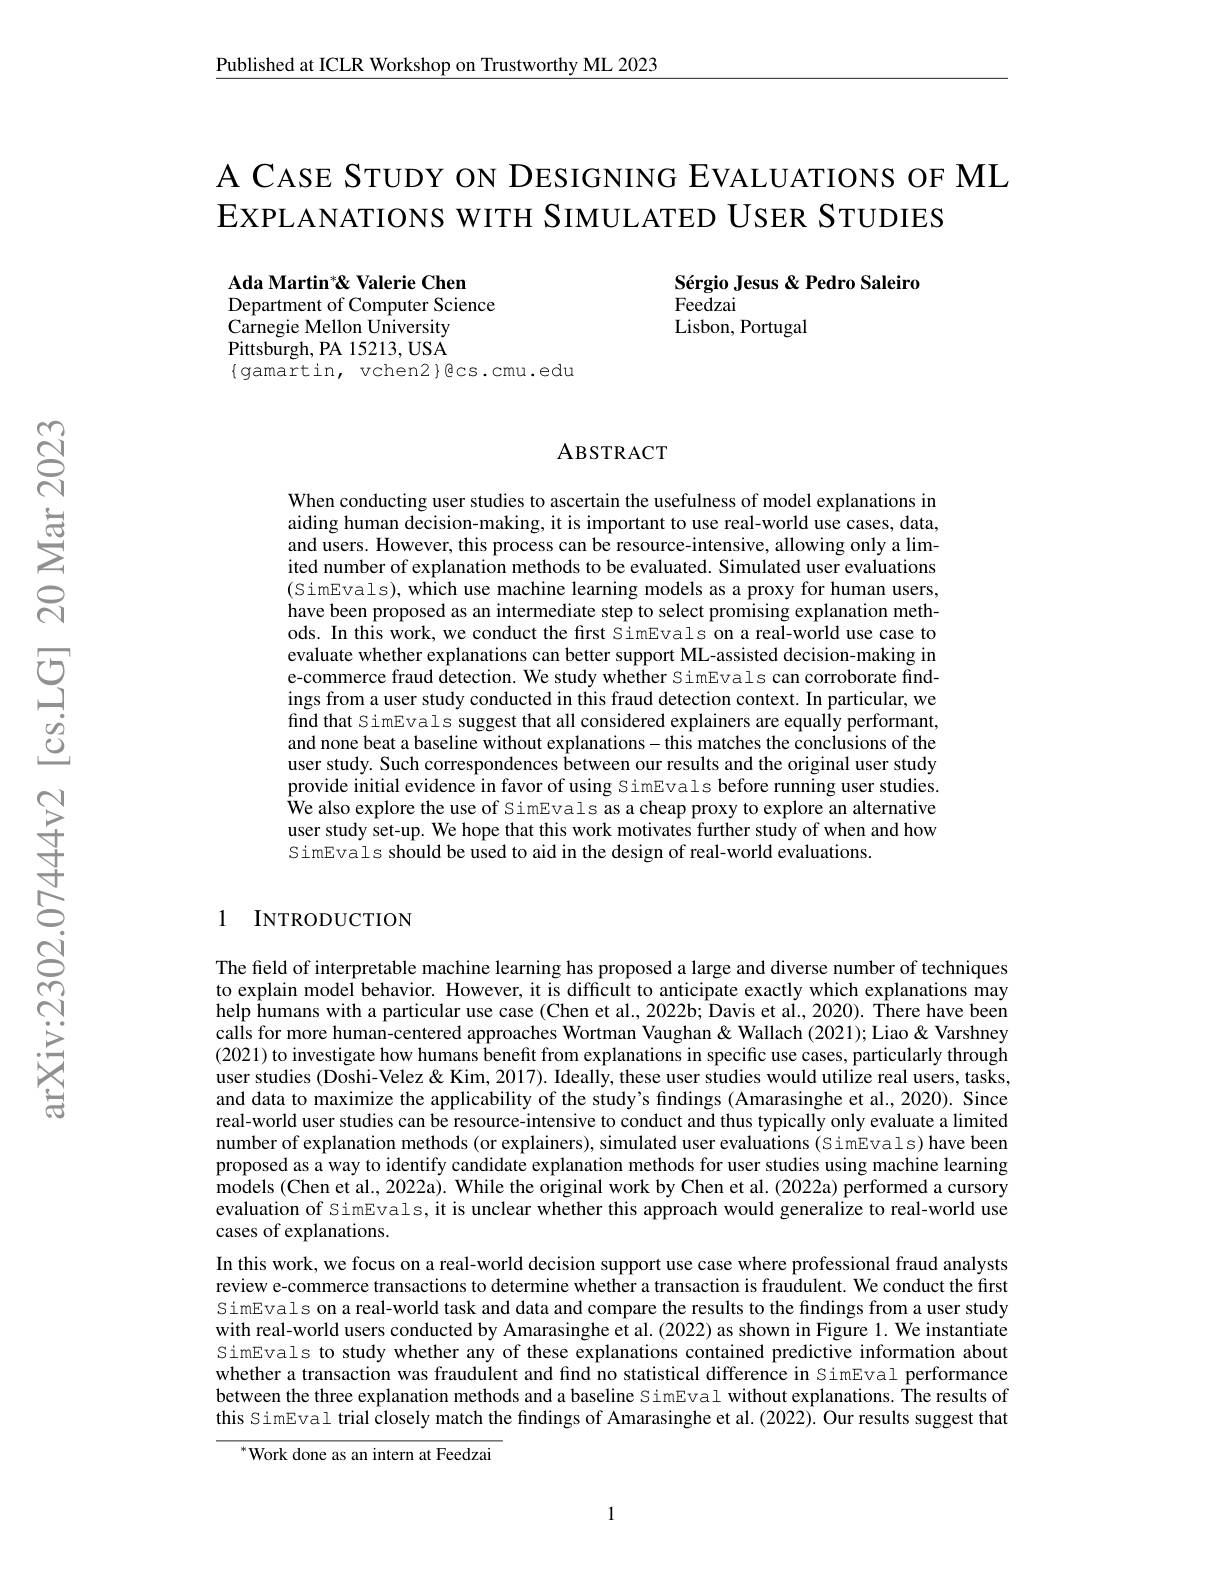
Published at ICLR Workshop on Trustworthy ML 2023

A CASE STUDY ON DESIGNING EVALUATIONS OF ML
EXPLANATIONS WITH SIMULATED USER STUDIES

Sérgio Jesus & Pedro Saleiro
Feedzai
Lisbon, Portugal

Ada Martin*& Valerie Chen
Department of Computer Science
$\hat{\text{Carnegie Mellon University}}$ Pittsburgh, PA 15213, USA $\{gamartin,vchen2\}$Ecs.cmu.edu

### ABSTRACT

When conducting user studies to ascertain the usefulness of model explanations in aiding human decision-making, it is important to use real-world use cases, data, and users. However, this process can be resource-intensive, allowing only a limited number of explanation methods to be evaluated. Simulated user evaluations (SimEvals), which use machine learning models as a proxy for human users, have been proposed as an intermediate step to select promising explanation methods. In this work, we conduct the first SimEvals on a real-world use case to evaluate whether explanations can better support ML-assisted decision-making in e-commerce fraud detection. We study whether SimEvals can corroborate findings from a user study conducted in this fraud detection context. In particular, we find that SimEvals suggest that all considered explainers are equally performant, and none beat a baseline without explanations- this matches the conclusions of the user study. Such correspondences between our results and the original user study provide initial evidence in favor of using SimEvals before running user studies. We also explore the use of SimEvals as a cheap proxy to explore an alternative user study set-up. We hope that this work motivates further study of when and how SimEvals should be used to aid in the design of real-world evaluations.

### 1 INTRODUCTION

The field of interpretable machine learning has proposed a large and diverse number of techniques to explain model behavior. However, it is difficult to anticipate exactly which explanations may help Îumans with a particular use case (Chen et al., 2022b; Davis et al., 2020). There have been calls for more human-centered approaches Wortman Vaughan& Wallach (2021); Liao & Varshney (2021) to investigate how humans benefit from explanations in specific use cases, particularly through user studies (Doshi-Velez & Kim, 2017). Ideally, these user studies would utilize real users, tasks, and data to maximize the applicability of the study's fndings (Amarasinghe et al., 2020). Since real-world user studies can be resource-intensive to conduct and thus typically only evaluate a limited number of explanation methods (or explainers), simulated user evaluations (SimEvals) have been proposed as a way to identify candidate explanation methods for user studies using machine learning models (Chen et al., 2022a). While the original work by Chen et al. (2022a) performed a cursory evaluation of SimEvals, it is unclear whether this approach would generalize to real-world use cases of explanations.
In this work, we focus on a real-world decision support use case where professional fraud analysts review e-commerce transactions to determine whether a transaction is fraudulent. We conduct the first SimEvals on a real-world task and data and compare the results to the findings from a user study with real-world users conducted by Amarasinghe et al.(2022) as shown in Figure 1. We instantiate SimEvals to study whether any of these explanations contained predictive information about whether a transaction was fraudulent and find no statistical difference in SimEval performance between the three explanation methods and a baseline SimEval without explanations. The results of this SimEval trial closely match the findings of Amarasinghe et al. (2022). Our results suggest that

${}^{*}$Work done as an intern at Feedzai

1